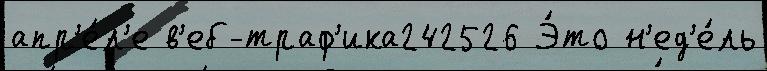
апр'е́л'е в'еб-траф'ика242526 Э́то н'ед'е́ль